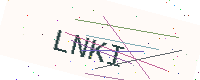
Text: LNKI